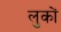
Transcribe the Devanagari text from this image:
लुकों